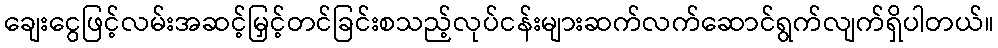
ချေးငွေဖြင့်လမ်းအဆင့်မြှင့်တင်ခြင်းစသည့်လုပ်ငန်းများဆက်လက်ဆောင်ရွက်လျက်ရှိပါတယ်။